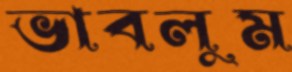
ভাবলুম